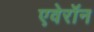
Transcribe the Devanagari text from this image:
एवेरॉन